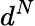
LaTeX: d^{N}